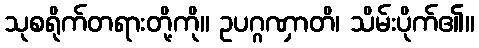
သုစရိုက်တရားတို့ကို။ ဥပဂ္ဂဏှာတိ၊ သိမ်းပိုက်၏။